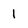
Character: I